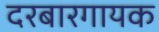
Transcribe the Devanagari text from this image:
दरबारगायक